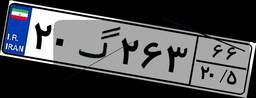
۲۰گ۲۶۳۶۶